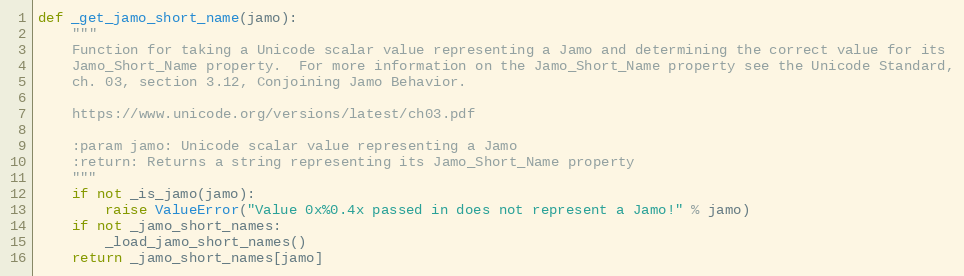
Language: Python
def _get_jamo_short_name(jamo):
    """
    Function for taking a Unicode scalar value representing a Jamo and determining the correct value for its
    Jamo_Short_Name property.  For more information on the Jamo_Short_Name property see the Unicode Standard,
    ch. 03, section 3.12, Conjoining Jamo Behavior.

    https://www.unicode.org/versions/latest/ch03.pdf

    :param jamo: Unicode scalar value representing a Jamo
    :return: Returns a string representing its Jamo_Short_Name property
    """
    if not _is_jamo(jamo):
        raise ValueError("Value 0x%0.4x passed in does not represent a Jamo!" % jamo)
    if not _jamo_short_names:
        _load_jamo_short_names()
    return _jamo_short_names[jamo]